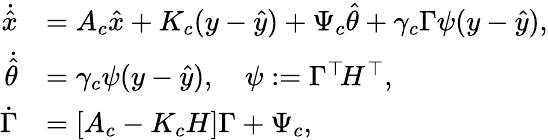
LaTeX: \begin{array}{rl}{\dot{\hat{x}}}&{=A_{c}\hat{x}+K_{c}(y-\hat{y})+\Psi_{c}\hat{\theta}+\gamma_{c}\Gamma\psi(y-\hat{y}),}\\ {\dot{\hat{\theta}}}&{=\gamma_{c}\psi(y-\hat{y}),\quad\psi:=\Gamma^{\top}\! H^{\top},}\\ {\dot{\Gamma}}&{=[A_{c}-K_{c}H]\Gamma+\Psi_{c},}\end{array}